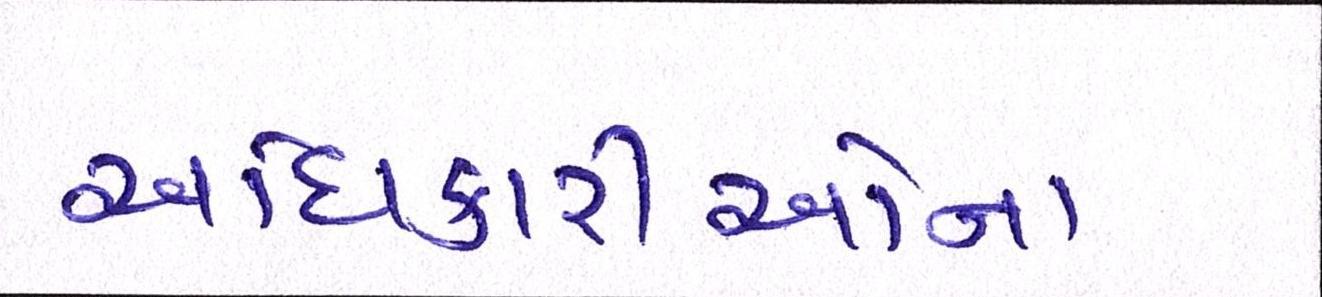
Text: અધિકારીઓના